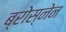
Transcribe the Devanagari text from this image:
ब्रोस्नेन